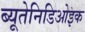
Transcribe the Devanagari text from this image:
ब्यूतेनिडिओइक